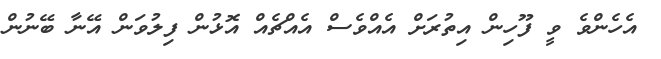
އެހެންވެ ވީ ފޫހިން އިތުރަށް އެއްވެސް އެއްޗެއް އޮޅުން ފިލުވަން އޭނާ ބޭނުން